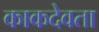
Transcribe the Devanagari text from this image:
काकदेवता